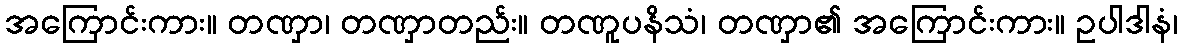
အကြောင်းကား။ တဏှာ၊ တဏှာတည်း။ တဏူပနိသံ၊ တဏှာ၏ အကြောင်းကား။ ဥပါဒါနံ၊